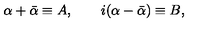
\alpha + \bar { \alpha } \equiv A , \qquad i ( \alpha - \bar { \alpha } ) \equiv B ,